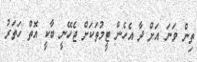
ތިން ވަނަ އަށް ދާ އެހެން ޓީމުތަކަށް ޖެހޭނީ ބާކީ އޮތް ހަތަރު